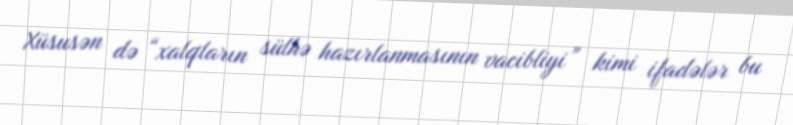
Xüsusən də “xalqların sülhə hazırlanmasının vacibliyi” kimi ifadələr bu